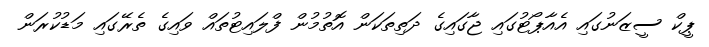
ޕީކް ސީޒަނުގައި އެއާޕޯޓުގައި ޖާގައިގެ ދަތިތަކަން އޮތުމުން ފްލައިޓުތައް ވައިގެ ތެރޭގައި މަޑުކުރަން